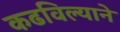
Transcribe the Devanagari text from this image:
कढविल्याने